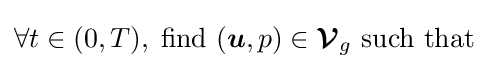
\forall t\in (0,T),\;{\text{find }}({\boldsymbol {u}},p)\in {\boldsymbol {\mathcal {V}}}_{g}{\text{ such that }}